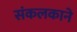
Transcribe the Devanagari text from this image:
संकलकाने